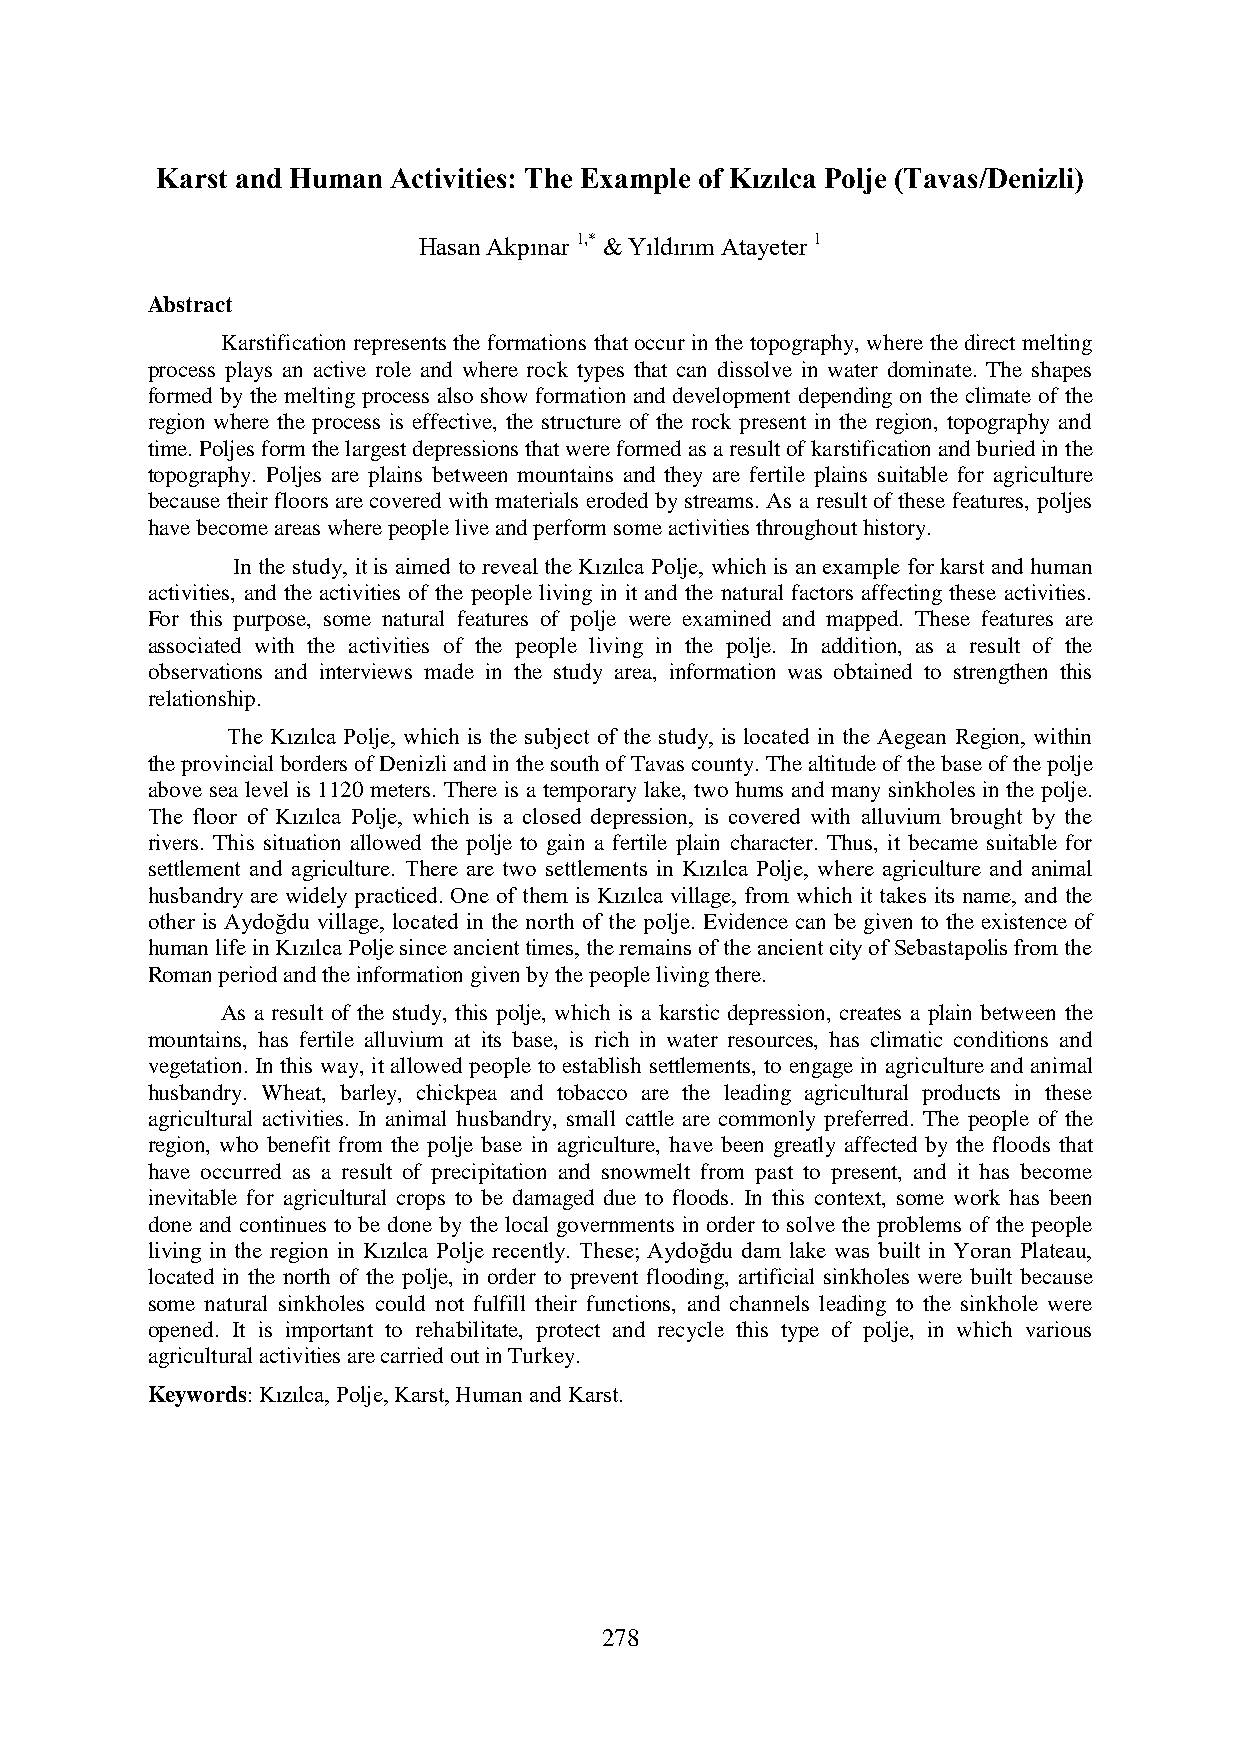
Karst and Human Activities: The Example of Kızılca Polje (Tavas/Denizli)
 Hasan Akpınar 1,* & Yıldırım Atayeter 1
 Abstract
 Karstification represents the formations that occur in the topography, where the direct melting
 process plays an active role and where rock types that can dissolve in water dominate. The shapes
 formed by the melting process also show formation and development depending on the climate of the
 region where the process is effective, the structure of the rock present in the region, topography and
 time. Poljes form the largest depressions that were formed as a result of karstification and buried in the
 topography. Poljes are plains between mountains and they are fertile plains suitable for agriculture
 because their floors are covered with materials eroded by streams. As a result of these features, poljes
 have become areas where people live and perform some activities throughout history.
 In the study, it is aimed to reveal the Kızılca Polje, which is an example for karst and human
 activities, and the activities of the people living in it and the natural factors affecting these activities.
 For this purpose, some natural features of polje were examined and mapped. These features are
 associated with the activities of the people living in the polje. In addition, as a result of the
 observations and interviews made in the study area, information was obtained to strengthen this
 relationship.
 The Kızılca Polje, which is the subject of the study, is located in the Aegean Region, within
 the provincial borders of Denizli and in the south of Tavas county. The altitude of the base of the polje
 above sea level is 1120 meters. There is a temporary lake, two hums and many sinkholes in the polje.
 The floor of Kızılca Polje, which is a closed depression, is covered with alluvium brought by the
 rivers. This situation allowed the polje to gain a fertile plain character. Thus, it became suitable for
 settlement and agriculture. There are two settlements in Kızılca Polje, where agriculture and animal
 husbandry are widely practiced. One of them is Kızılca village, from which it takes its name, and the
 other is Aydoğdu village, located in the north of the polje. Evidence can be given to the existence of
 human life in Kızılca Polje since ancient times, the remains of the ancient city of Sebastapolis from the
 Roman period and the information given by the people living there.
 As a result of the study, this polje, which is a karstic depression, creates a plain between the
 mountains, has fertile alluvium at its base, is rich in water resources, has climatic conditions and
 vegetation. In this way, it allowed people to establish settlements, to engage in agriculture and animal
 husbandry. Wheat, barley, chickpea and tobacco are the leading agricultural products in these
 agricultural activities. In animal husbandry, small cattle are commonly preferred. The people of the
 region, who benefit from the polje base in agriculture, have been greatly affected by the floods that
 have occurred as a result of precipitation and snowmelt from past to present, and it has become
 inevitable for agricultural crops to be damaged due to floods. In this context, some work has been
 done and continues to be done by the local governments in order to solve the problems of the people
 living in the region in Kızılca Polje recently. These; Aydoğdu dam lake was built in Yoran Plateau,
 located in the north of the polje, in order to prevent flooding, artificial sinkholes were built because
 some natural sinkholes could not fulfill their functions, and channels leading to the sinkhole were
 opened. It is important to rehabilitate, protect and recycle this type of polje, in which various
 agricultural activities are carried out in Turkey.
 Keywords: Kızılca, Polje, Karst, Human and Karst.
 278